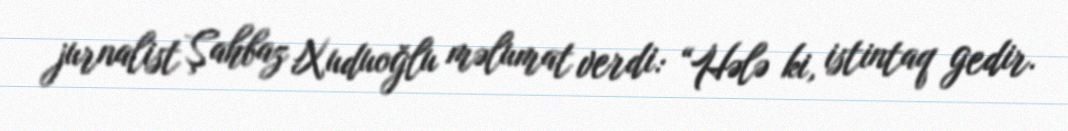
jurnalist Şahbaz Xuduoğlu məlumat verdi: “Hələ ki, istintaq gedir.